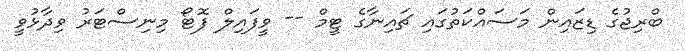
ބްރިޖުގެ ޑިޒައިން މަސައްކަތުގައި ޗައިނާގެ ޓީމް -- ވީފައިލް ފޮޓޯ މިނިސްޓަރު ވިދާޅުވީ